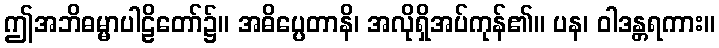
ဤအဘိဓမ္မာပါဠိတော်၌။ အဓိပ္ပေတာနိ၊ အလိုရှိအပ်ကုန်၏။ ပန၊ ဝါဒန္တရကား။